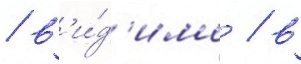
/ в'и́д'имо / в